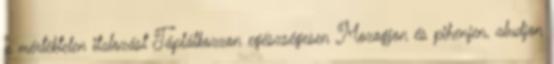
a mértéktelen italozást Táplálkozzon egészségesen Mozogjon és pihenjen, aludjon